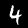
Digit: 4